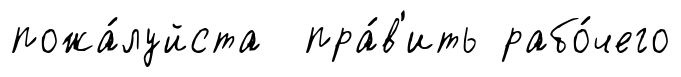
пожа́луйста пра́в'ить рабо́чего